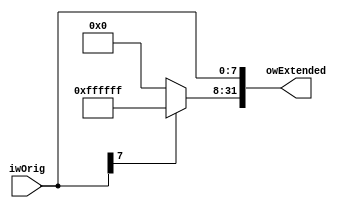
module sign_extend_8_32(input wire [7:0]iwOrig, output wire [31:0]owExtended);

assign owExtended[7:0] = iwOrig;
assign owExtended[31:8] = iwOrig[7] ? 24'hffffff : 24'h000000;

endmodule